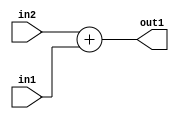
`timescale 1ps / 1ps
/*****************************************************************************
    Verilog RTL Description
    
    
    Created by: Stratus DpOpt 2019.1.01 
*******************************************************************************/

module st_weight_addr_gen_Add_16Ux6U_16U_4_7 (
	in2,
	in1,
	out1
	); /* architecture "behavioural" */ 
input [15:0] in2;
input [5:0] in1;
output [15:0] out1;
wire [15:0] asc001;

assign asc001 = 
	+(in2)
	+(in1);

assign out1 = asc001;
endmodule

/* CADENCE  ubLzTAk= : u9/ySgnWtBlWxVPRXgAZ4Og= ** DO NOT EDIT THIS LINE ******/